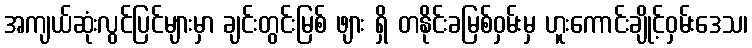
အကျယ်ဆုံးလွင်ပြင်များမှာ ချင်းတွင်းမြစ် ဖျား ရှိ တနိုင်းခမြစ်ဝှမ်းမှ ဟူးကောင်းချိုင့်ဝှမ်းဒေသ၊